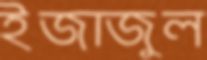
ইজাজুল